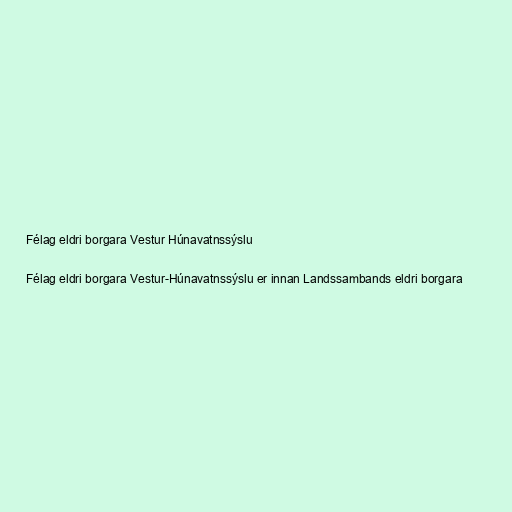
Félag eldri borgara Vestur Húnavatnssýslu

Félag eldri borgara Vestur-Húnavatnssýslu er innan Landssambands eldri borgara